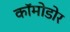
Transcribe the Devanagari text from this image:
कॉमोडोर